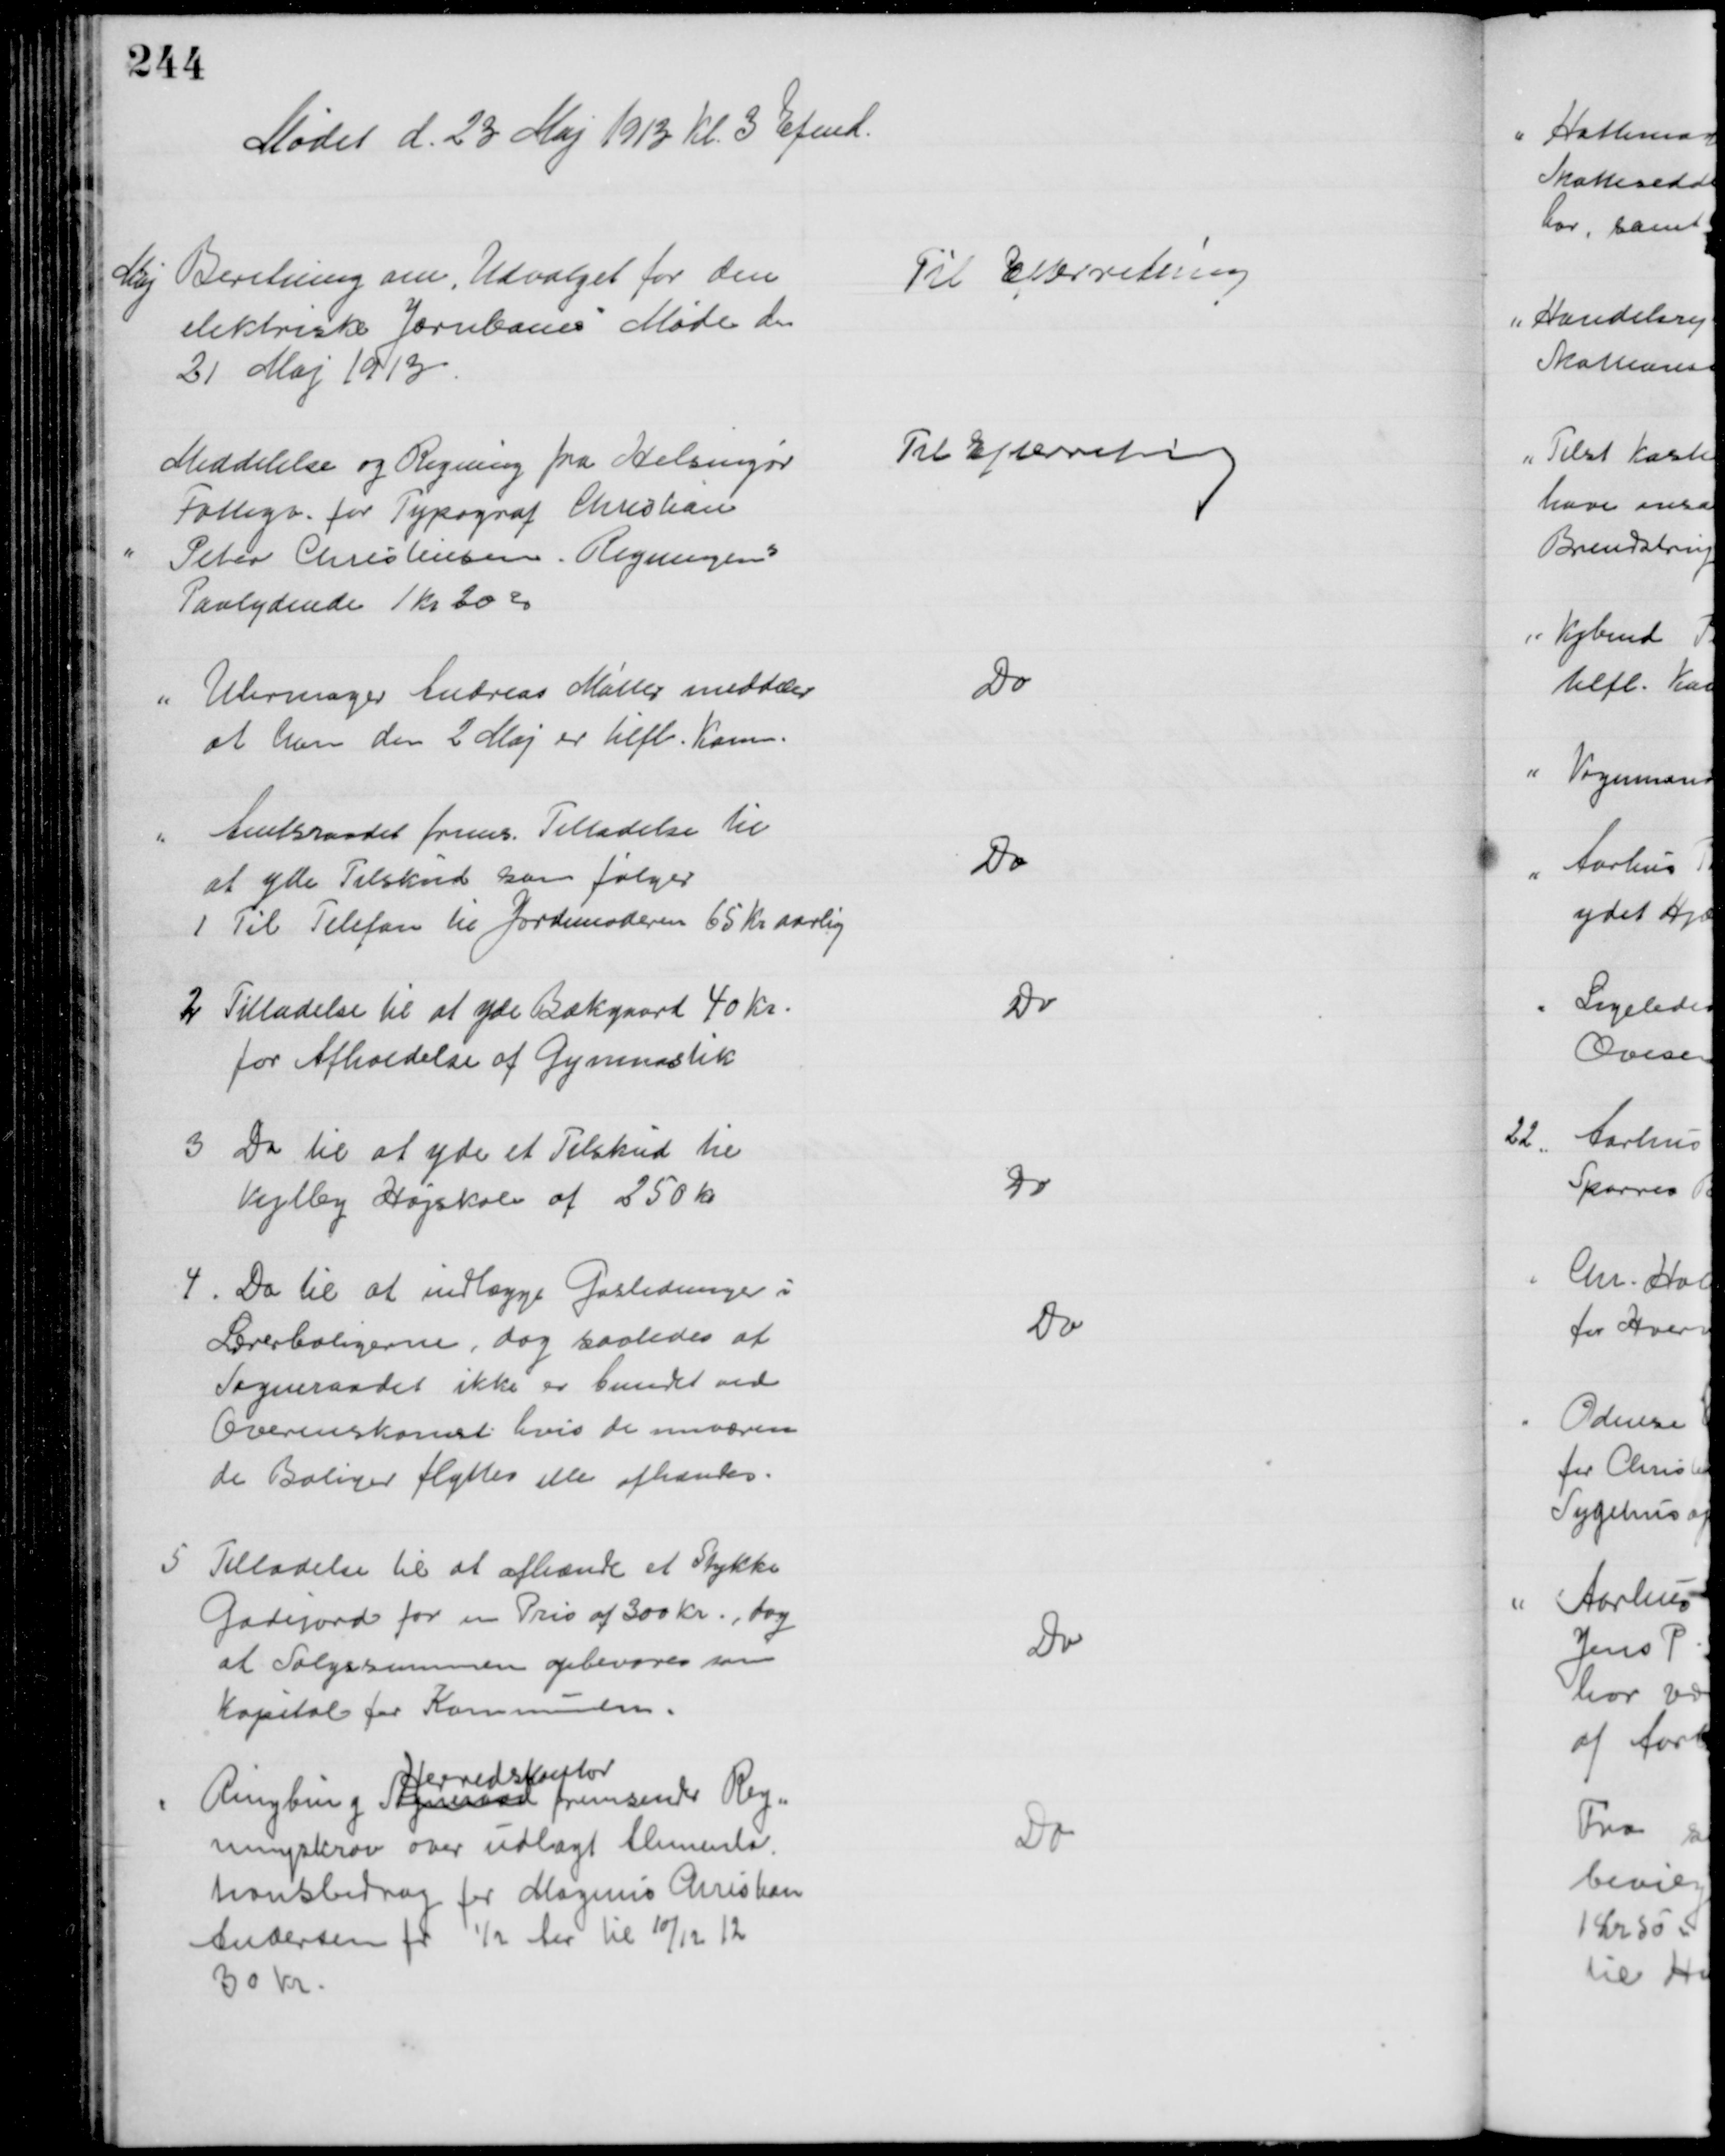
Transskription:
Mødet d. 23 Maj 1913 Kl. 3 Efmd.
Maj Beretning om "Udvalget for den 
elektriske Jernbanes" Møde den
21 Maj 1913
Til Efterretning
Meddelelse og Regning fra Helsingør
Fattigv. for Typograf Christian
Peter Christensen. Regningens
Paalydende 1 kr 20 Ør
Til Efterretning
Uhrmager Andreas Møller meddeler
at han den 2 Maj er tilfl. Komm.
Do
Amtsraadet frems. Tilladelse til 
at yde Tilskud som følger
1 Til Telefon til Jordemoderen 65 Kr aarlig
Do
2 Tilladelse til at yde Bækgaard 40 Kr.
for Afholdelse af Gymnastik
Do
3 Do til at yde et Tilskud til
Vejlby Højskole af 250 Kr
Do
4. Do til at indlægge Gasledninger i
Lærerboligerne, dog saaledes at 
Sogneraadet ikke er bundet ved
Overenskomst hvis de nuværen
de Boliger flyttes eller afhændes.
Do
5
Tilladelse til at afhænde et Stykke
Gadejord for en Pris af 300 Kr., dog 
at Salgssummen opbevares som
Kapital for Kommunen.
Do
Ringbing Sogneraad
Herredskontor
fremsender Reg=
ningskrav over udlagt Alimenta-
tionsbidrag for Magnus Christian
Andersen for ½ Aar til 10/12 12
30 Kr.
Do